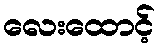
လေးထောင့်